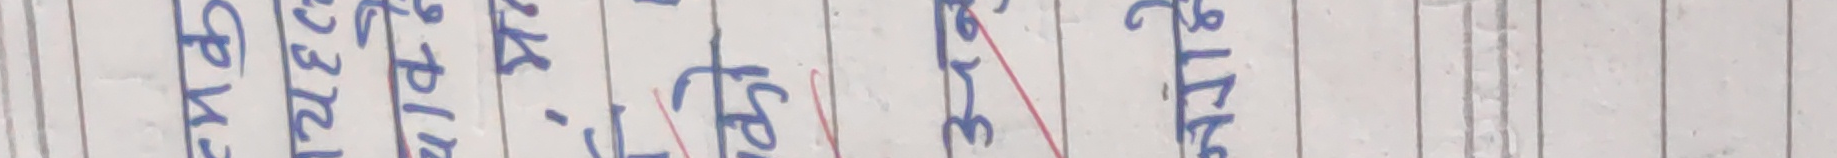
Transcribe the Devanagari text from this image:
गर्नेछ ।